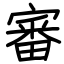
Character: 審